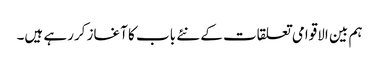
ہم بین الاقوامی تعلقات کے نئے باب کا آغاز کررہے ہیں۔